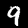
Label: 9